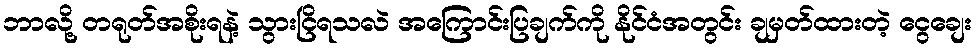
ဘာလို့ တရုတ်အစိုးရနဲ့ သွားငြိရသလဲ အကြောင်းပြချက်ကို နိုင်ငံအတွင်း ချမှတ်ထားတဲ့ ငွေချေး